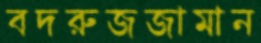
বদরুজজামান